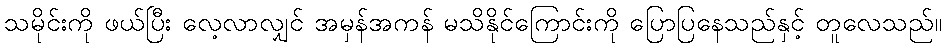
သမိုင်းကို ဖယ်ပြီး လေ့လာလျှင် အမှန်အကန် မသိနိုင်ကြောင်းကို ပြောပြနေသည်နှင့် တူလေသည်။